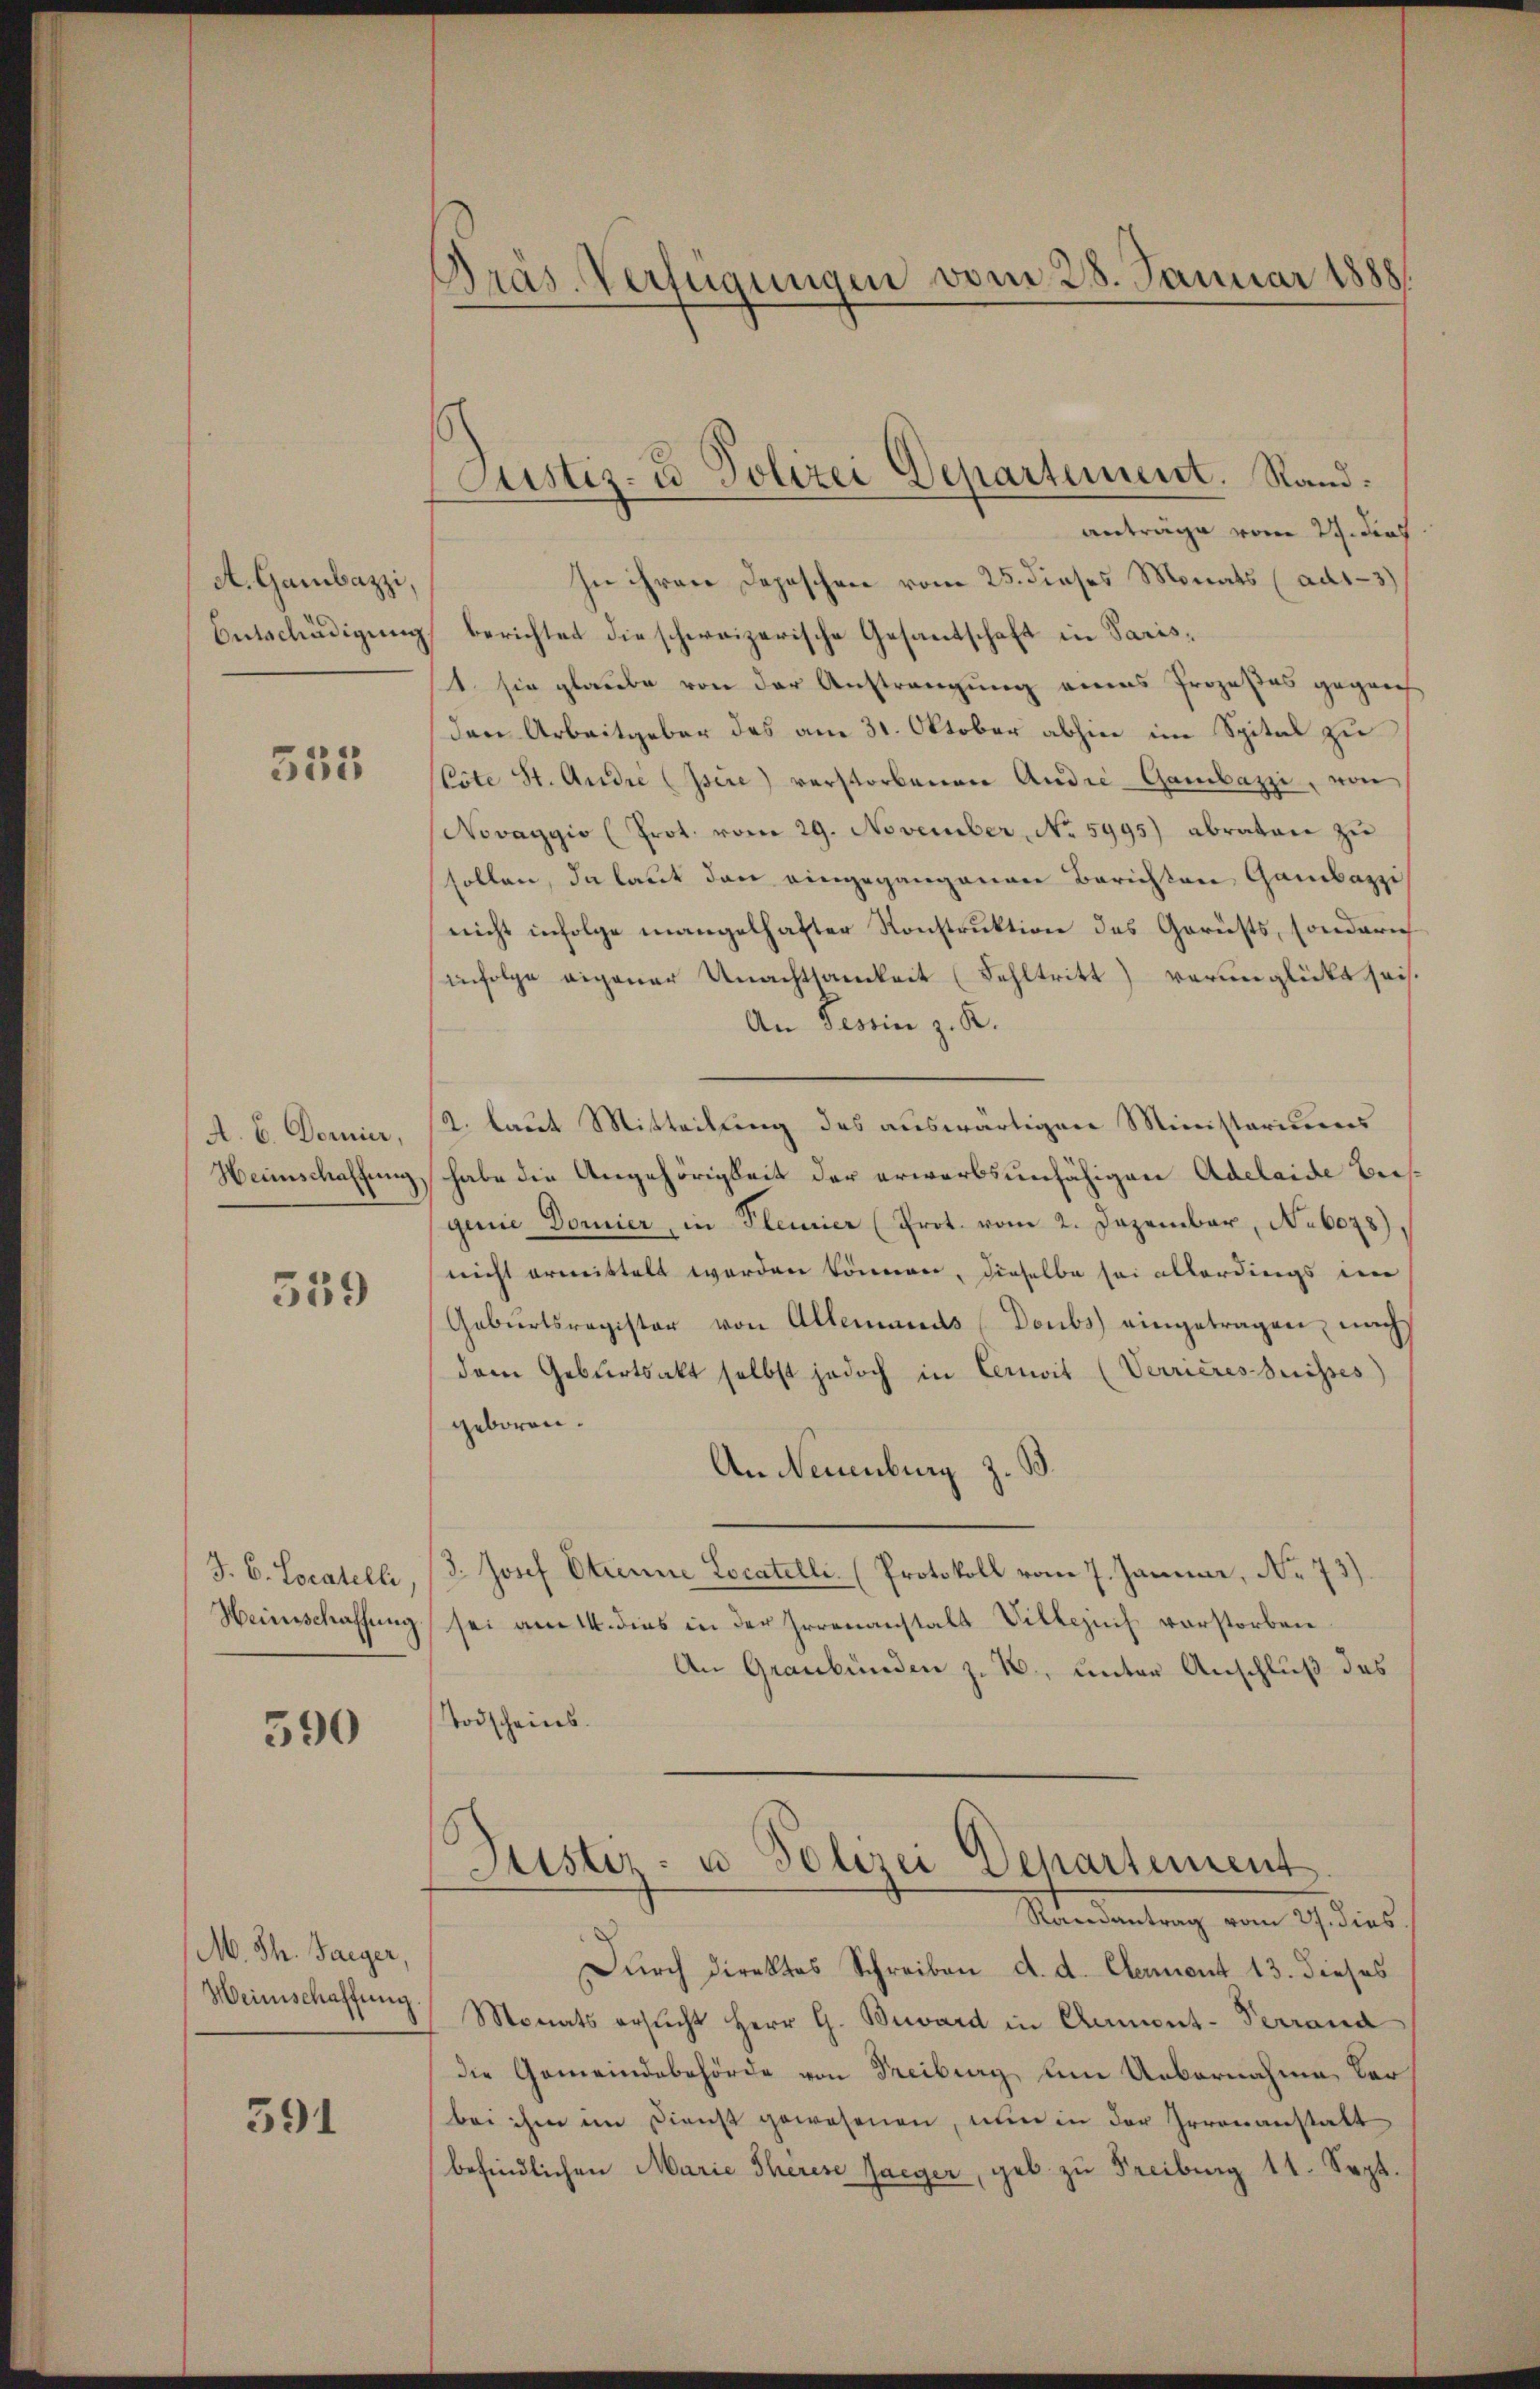
A. Gambazzi,
Entschädigung

352

A. E. Dorier,
Heimschaftung

359

J. C. Locatelli
Weinschaffung

590

M. Th. Jaeger,
Heinschaffung

391

Pras. Verfügungen vom 28. Januar 1888.

Justiz- u Polizei Departement. Stand:
anträge vom 27. dies

In ihren Depeschen vom 25. dieses Monats (ad1-3)
berichtet die schweizerische Gesandschaft in Parist. sie glaube von der Anstrangung eines Prozeßes gegen
den Arbeitgeber des am 31. Oktober abhin im Spital zu
(Cote St. Andre (Isire) verstorbenen Andre-Gambazzi, von
Novaggio (Prot. vom 29. November, No. 5995) abraten zu
sollen, da laut den eingegangenen Berichten Gambazzi
nicht infolge mangelhafter Konstruktion des Gerüsts, sonderich
infolge eigener Unachtsamkeit (Fehltritt verunglückt sei.
An Tessin z. R.
2. laut Mitteilung des auswärtigen Ministoriums
habe die Angehörigkeit der erwarbsunfähigen Adelaide Beis
ginie Dornier, in Plennier (Prot. vom 2. Dezember, No 6078),
nicht ermittelt worden können, dieselbe sei allerdings im
Gebŭrtsregister von Allemands (Doubs eingetragen, nach
dem Geburtsakt selbst jedoch in Cerwit (Verrieres heisses)
geboren.
An Neuenburg z. B.
3. Josef Etienne Locatelle Protokoll vom 7. Januar, No 73)
sei am 14. dies in der Irrenanstalt Villezuch vorstorben
An Graubünden z. B., unter Anschluß das
Todscheins.
)
Justiz- u Polizei Separtement
Randantrag vom 27. dies
Durch direktes Schreiben d. d. Clement 13. dieses
Monats ersŭcht Herr G. Beward in Chamont-Verrand
die Gemeindebehörde von Freiburg, um Uebernahme der
bei ihm im Dienst gewesenen, nun in der Irrenanstatt
befindlichen Marie Therese Jaeger, geb. zu Freiburg 11. Sept.